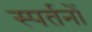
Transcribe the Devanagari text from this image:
स्पर्तनों